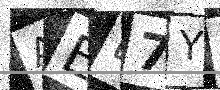
Text: AEB7Y0